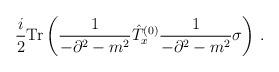
LaTeX: \begin{align*}\frac{i}{2}{\rm Tr}\left(\frac{1}{-\partial^2-m^2}\hat{T}^{(0)}_x \frac{1}{-\partial^2-m^2}\sigma\right)\,.\end{align*}